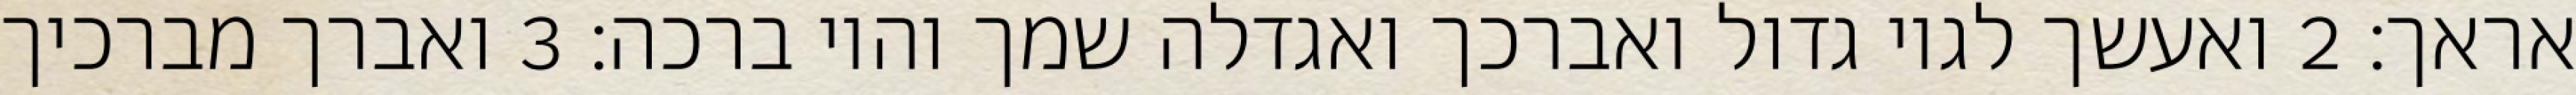
אראך׃ ‎2‏ ואעשך לגוי גדול ואברכך ואגדלה שמך והוי ברכה׃ ‎3‏ ואברך מברכיך